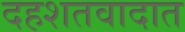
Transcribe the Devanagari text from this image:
दहशतवादात